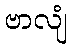
ဗာလျံ